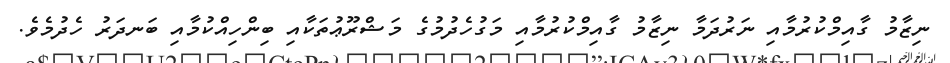
ނިޒާމު ގާއިމްކުރުމާއި ނަރުދަމާ ނިޒާމު ގާއިމްކުރުމާއި މަގުހެދުމުގެ މަޝްރޫޢުތަކާއި ބިންހިއްކުމާއި ބަނދަރު ހެދުމެވެ.